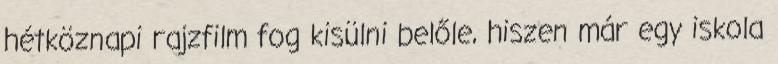
hétköznapi rajzfilm fog kisülni belőle, hiszen már egy iskola